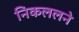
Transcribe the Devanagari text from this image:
निकललने